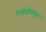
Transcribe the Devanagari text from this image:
रेसोर्टकडून